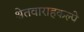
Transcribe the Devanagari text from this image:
श्वेतवाराहकल्पे